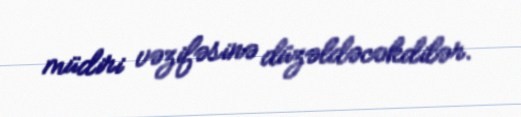
müdiri vəzifəsinə düzəldəcəkdilər.